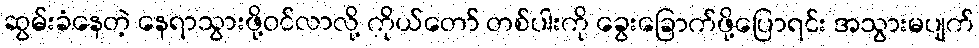
ဆွမ်းခံနေတဲ့ နေရာသွားဖို့ဝင်လာလို့ ကိုယ်တော် တစ်ပါးကို ခွေးခြောက်ဖို့ပြောရင်း အသွားမပျက်